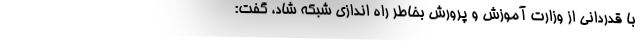
با قدردانی از وزارت آموزش و پرورش بخاطر راه اندازی شبکه شاد، گفت: